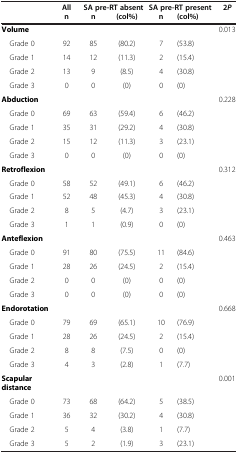
<table><thead><tr><td><b> </b></td><td><b>All</b></td><td colspan="2"><b>SA pre-RT absent</b></td><td colspan="2"><b>SA pre-RT present</b></td><td><b>2<i>P</i></b></td></tr><tr><td><b> </b></td><td><b>n</b></td><td><b>n</b></td><td><b>(col%)</b></td><td><b>n</b></td><td><b>(col%)</b></td><td><b> </b></td></tr></thead><tbody><tr><td><b>Volume</b></td><td> </td><td> </td><td> </td><td> </td><td> </td><td>0.013</td></tr><tr><td> Grade 0</td><td>92</td><td>85</td><td>(80.2)</td><td>7</td><td>(53.8)</td><td> </td></tr><tr><td> Grade 1</td><td>14</td><td>12</td><td>(11.3)</td><td>2</td><td>(15.4)</td><td> </td></tr><tr><td> Grade 2</td><td>13</td><td>9</td><td>(8.5)</td><td>4</td><td>(30.8)</td><td> </td></tr><tr><td> Grade 3</td><td>0</td><td>0</td><td>(0)</td><td>0</td><td>(0)</td><td> </td></tr><tr><td><b>Abduction</b></td><td> </td><td> </td><td> </td><td> </td><td> </td><td>0.228</td></tr><tr><td> Grade 0</td><td>69</td><td>63</td><td>(59.4)</td><td>6</td><td>(46.2)</td><td> </td></tr><tr><td> Grade 1</td><td>35</td><td>31</td><td>(29.2)</td><td>4</td><td>(30.8)</td><td> </td></tr><tr><td> Grade 2</td><td>15</td><td>12</td><td>(11.3)</td><td>3</td><td>(23.1)</td><td> </td></tr><tr><td> Grade 3</td><td>0</td><td>0</td><td>(0)</td><td>0</td><td>(0)</td><td> </td></tr><tr><td><b>Retroflexion</b></td><td> </td><td> </td><td> </td><td> </td><td> </td><td>0.312</td></tr><tr><td> Grade 0</td><td>58</td><td>52</td><td>(49.1)</td><td>6</td><td>(46.2)</td><td> </td></tr><tr><td> Grade 1</td><td>52</td><td>48</td><td>(45.3)</td><td>4</td><td>(30.8)</td><td> </td></tr><tr><td> Grade 2</td><td>8</td><td>5</td><td>(4.7)</td><td>3</td><td>(23.1)</td><td> </td></tr><tr><td> Grade 3</td><td>1</td><td>1</td><td>(0.9)</td><td>0</td><td>(0)</td><td> </td></tr><tr><td><b>Anteflexion</b></td><td> </td><td> </td><td> </td><td> </td><td> </td><td>0.463</td></tr><tr><td> Grade 0</td><td>91</td><td>80</td><td>(75.5)</td><td>11</td><td>(84.6)</td><td> </td></tr><tr><td> Grade 1</td><td>28</td><td>26</td><td>(24.5)</td><td>2</td><td>(15.4)</td><td> </td></tr><tr><td> Grade 2</td><td>0</td><td>0</td><td>(0)</td><td>0</td><td>(0)</td><td> </td></tr><tr><td> Grade 3</td><td>0</td><td>0</td><td>(0)</td><td>0</td><td>(0)</td><td> </td></tr><tr><td><b>Endorotation</b></td><td> </td><td> </td><td> </td><td> </td><td> </td><td>0.668</td></tr><tr><td> Grade 0</td><td>79</td><td>69</td><td>(65.1)</td><td>10</td><td>(76.9)</td><td> </td></tr><tr><td> Grade 1</td><td>28</td><td>26</td><td>(24.5)</td><td>2</td><td>(15.4)</td><td> </td></tr><tr><td> Grade 2</td><td>8</td><td>8</td><td>(7.5)</td><td>0</td><td>(0)</td><td> </td></tr><tr><td> Grade 3</td><td>4</td><td>3</td><td>(2.8)</td><td>1</td><td>(7.7)</td><td> </td></tr><tr><td><b>Scapular distance</b></td><td> </td><td> </td><td> </td><td> </td><td> </td><td>0.001</td></tr><tr><td> Grade 0</td><td>73</td><td>68</td><td>(64.2)</td><td>5</td><td>(38.5)</td><td> </td></tr><tr><td> Grade 1</td><td>36</td><td>32</td><td>(30.2)</td><td>4</td><td>(30.8)</td><td> </td></tr><tr><td> Grade 2</td><td>5</td><td>4</td><td>(3.8)</td><td>1</td><td>(7.7)</td><td> </td></tr><tr><td> Grade 3</td><td>5</td><td>2</td><td>(1.9)</td><td>3</td><td>(23.1)</td><td> </td></tr></tbody></table>